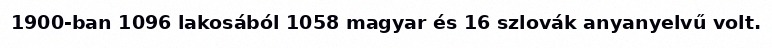
1900-ban 1096 lakosából 1058 magyar és 16 szlovák anyanyelvű volt.